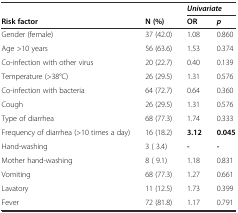
<table><thead><tr><td></td><td></td><td colspan="2"><b><i>Univariate</i></b></td></tr><tr><td><b>Risk factor</b></td><td><b>N (%)</b></td><td><b>OR</b></td><td><b><i>p</i></b></td></tr></thead><tbody><tr><td>Gender (female)</td><td>37 (42.0)</td><td>1.08</td><td>0.860</td></tr><tr><td>Age &gt;10 years</td><td>56 (63.6)</td><td>1.53</td><td>0.374</td></tr><tr><td>Co-infection with other virus</td><td>20 (22.7)</td><td>0.40</td><td>0.139</td></tr><tr><td>Temperature (&gt;38°C)</td><td>26 (29.5)</td><td>1.31</td><td>0.576</td></tr><tr><td>Co-infection with bacteria</td><td>64 (72.7)</td><td>0.64</td><td>0.360</td></tr><tr><td>Cough</td><td>26 (29.5)</td><td>1.31</td><td>0.576</td></tr><tr><td>Type of diarrhea</td><td>68 (77.3)</td><td>1.74</td><td>0.333</td></tr><tr><td>Frequency of diarrhea (&gt;10 times a day)</td><td>16 (18.2)</td><td><b>3.12</b></td><td><b>0.045</b></td></tr><tr><td>Hand-washing</td><td>3 ( 3.4)</td><td><b>-</b></td><td><b>-</b></td></tr><tr><td>Mother hand-washing</td><td>8 ( 9.1)</td><td>1.18</td><td>0.831</td></tr><tr><td>Vomiting</td><td>68 (77.3)</td><td>1.27</td><td>0.661</td></tr><tr><td>Lavatory</td><td>11 (12.5)</td><td>1.73</td><td>0.399</td></tr><tr><td>Fever</td><td>72 (81.8)</td><td>1.17</td><td>0.791</td></tr></tbody></table>